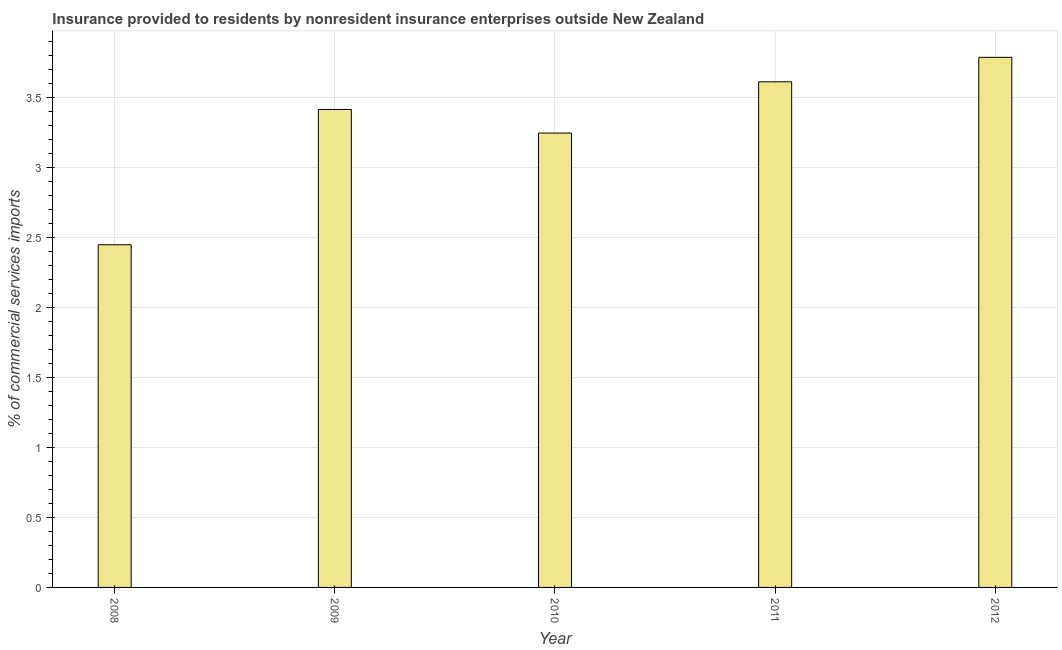
| Year | Insurance provided by non-residents |
 | --- | --- |
 | 2008 | 2.45 |
 | 2009 | 3.42 |
 | 2010 | 3.25 |
 | 2011 | 3.61 |
 | 2012 | 3.79 |